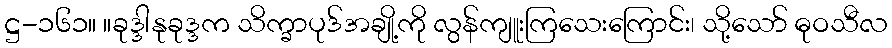
ဋ္ဌ-၁၆၁။ ။ခုဒ္ဒါနုခုဒ္ဒက သိက္ခာပုဒ်အချို့ကို လွန်ကျူးကြသေးကြောင်း၊ သို့သော် ဓုဝသီလ